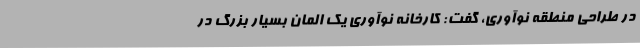
در طراحی منطقه نوآوری، گفت: کارخانه نوآوری یک المان بسیار بزرگ در